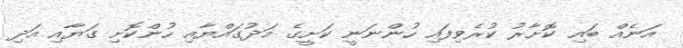
އަނެއް ބައި ކޮށާރު ކުރެވިފައި ހުންނަނީ ކަށީގެ މަދުގައްޔާއި ހުންކޮށި ގަޔާއި އަދި